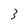
Character: 3